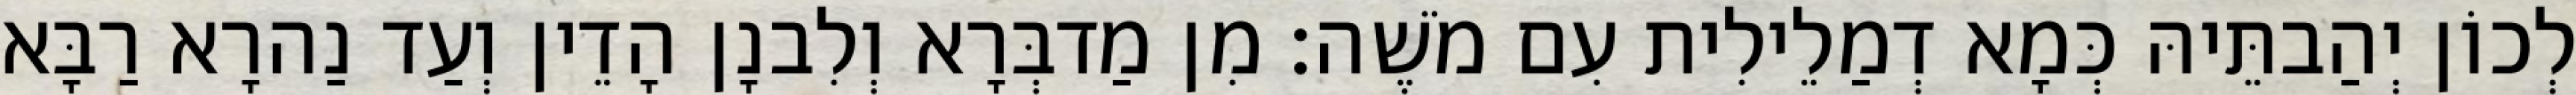
לְכוֹן יְהַבתֵּיהּ כְּמָא דְמַלֵילִית עִם מֹשֶׁה׃ מִן מַדבְּרָא וְלִבנָן הָדֵין וְעַד נַהרָא רַבָּא